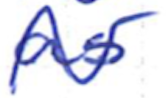
Text: as
Cross-out: wave
Writing tool: ballpoint